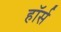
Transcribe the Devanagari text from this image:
हाॅर्स